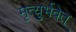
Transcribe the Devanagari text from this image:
मृत्युर्भवेत्